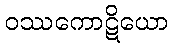
ဝဿကောဋိယော